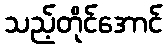
သည့်တိုင်အောင်